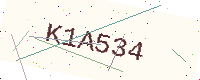
Text: K1A534